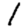
Digit: 1